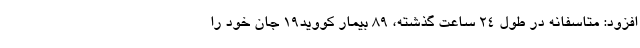
افزود: متاسفانه در طول ۲۴ ساعت گذشته، ۸۹ بیمار کووید۱۹ جان خود را